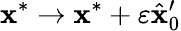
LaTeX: \mathbf x^{*}\to\mathbf x^{*}+\varepsilon\hat{\mathbf x}_{0}^{\prime}